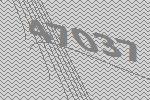
47037